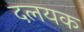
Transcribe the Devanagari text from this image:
दलयक